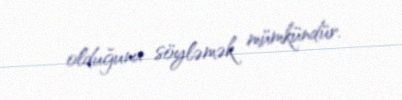
olduğunu söyləmək mümkündür.